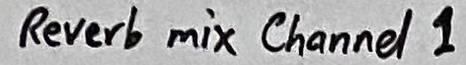
Text: Revert  mix Channel 1